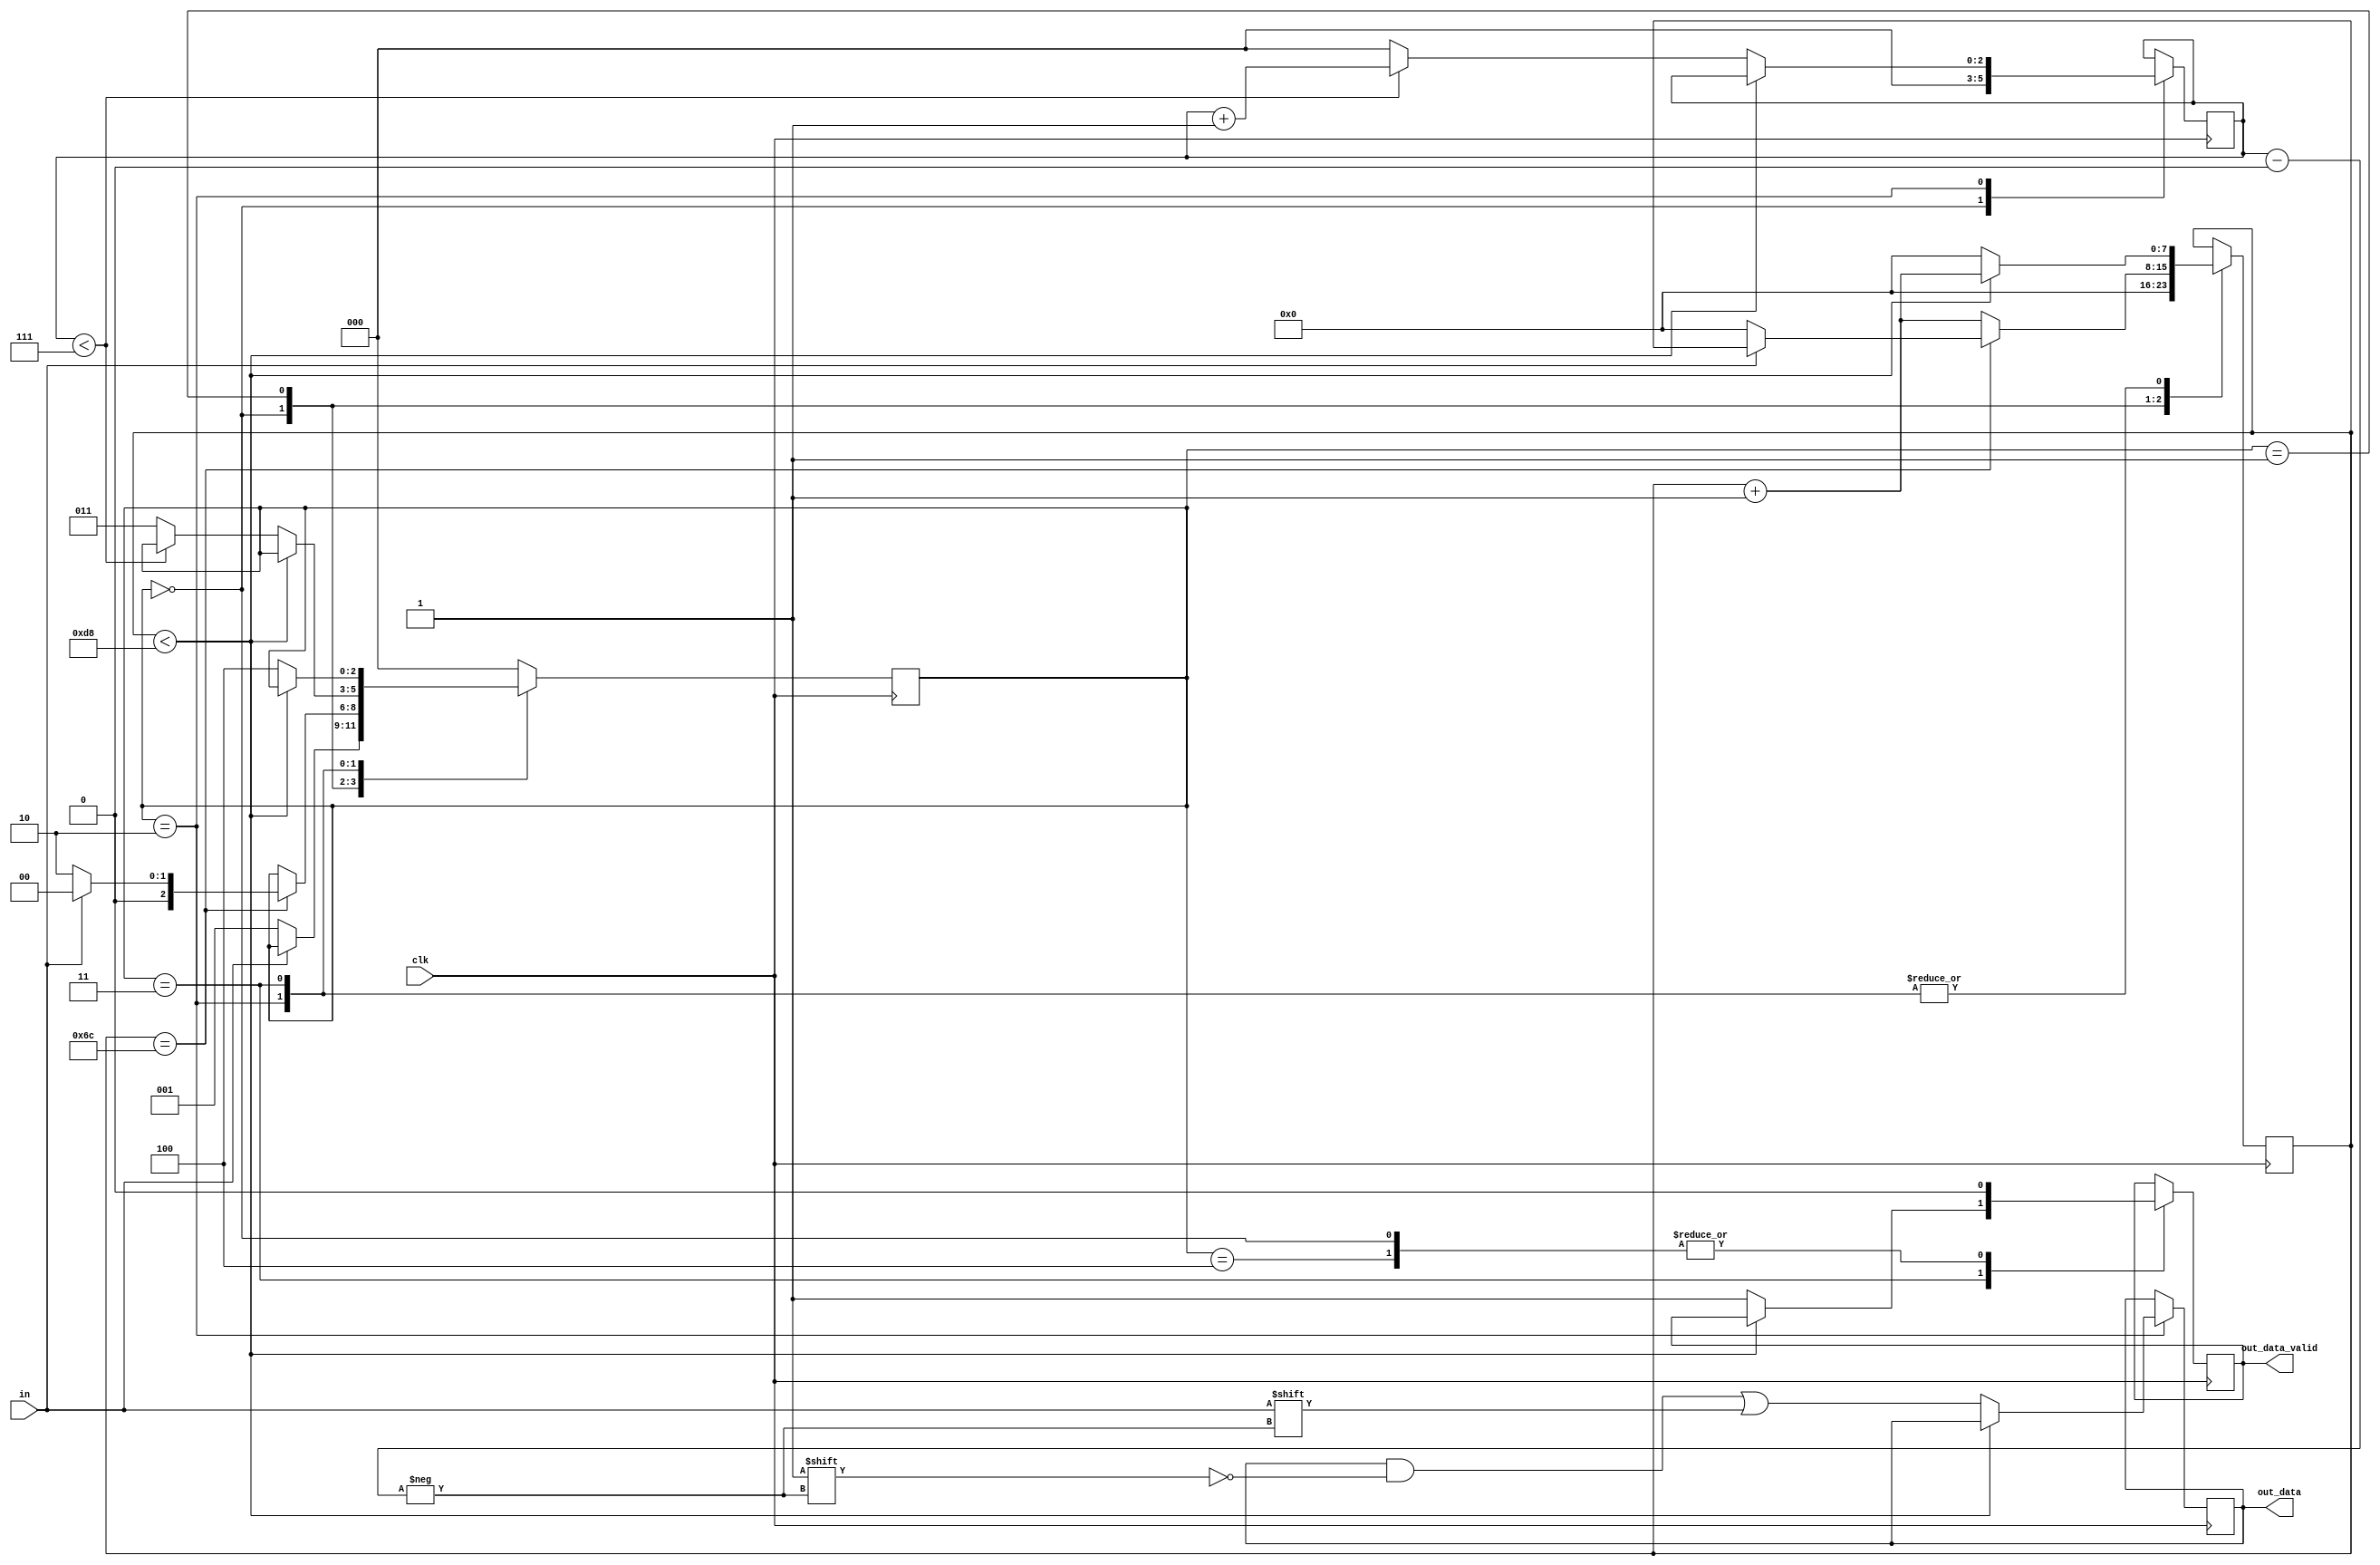
module Receiver #(parameter clocks_per_bit = 217)
  (
    input clk, //UART internal clock
    input in, //input 
    output out_data_valid,
    output [7:0] out_data //data to output (1 byte)
  );

  //states
  parameter IDLE = 3'b000;
  parameter START_BIT = 3'b001;
  parameter DATA_BITS = 3'b010;
  parameter STOP_BIT = 3'b011;
  parameter CLEANUP = 3'b100;

  reg [7:0] clock_count = 0;
  reg [2:0] index = 0;
  reg [7:0] buffer = 0;
  reg dv = 0; //data valid
  reg [2:0] state = 0;

  always @(posedge clk) begin
    case (state)
      IDLE: begin
        dv <= 1'b0;
        clock_count <= 0;
        index <= 0;
        if(in == 1'b0) //start bit detected (drops to low)
          state <= START_BIT;
      end
      START_BIT: begin
        if(clock_count == (clocks_per_bit-1)/2) begin //look for middle of bit
          if(in == 1'b0) begin //make sure its still low before we begin to read
            clock_count <= 0; //reset counter, at middle of the bit
            state <= DATA_BITS;
          end
          else 
            state <= IDLE; //not low, just go back to IDLE
        end
        else begin
          clock_count <= clock_count + 1;
        end
      end
      DATA_BITS: begin
        if(clock_count < clocks_per_bit-1) begin
          clock_count <= clock_count + 1;
        end
        else begin
          clock_count <= 0;
          buffer[index] <= in;
          //check if all data bits have been recvd
          if(index < 7) begin
            index <= index + 1;
          end
          else begin 
            index <= 0;
            state <= STOP_BIT;
          end
        end
      end
      STOP_BIT: begin
        if(clock_count < clocks_per_bit-1) begin //wait one cycle before ending
          clock_count <= clock_count + 1;
        end
        else begin
          dv <= 1'b1;
          clock_count <= 0;
          state <= CLEANUP;
        end
      end
      CLEANUP: begin
        state <= IDLE;
        dv <= 1'b0;
      end
      default: begin
        state <= IDLE;
      end
    endcase
  end
  assign out_data_valid = dv;
  assign out_data = buffer;
endmodule